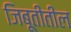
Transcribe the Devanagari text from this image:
जिबूतीतील